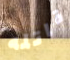
قاتله